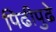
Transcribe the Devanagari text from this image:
पिढीपुढे